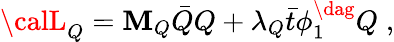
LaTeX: {\calL}_{Q}=\mathbf{M}_{Q}\bar{{Q}}Q+\lambda_{Q}\bar{{t}}\phi_{1}^{\dag}Q\; ,